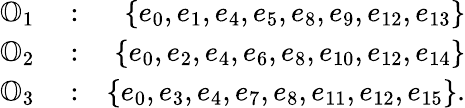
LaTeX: \begin{array}{rlr}{\mathbb{O}_{1}}&{{}:}&{\{ e_{0},e_{1},e_{4},e_{5},e_{8},e_{9},e_{12},e_{13}\} }\\ {\mathbb{O}_{2}}&{{}:}&{\{ e_{0},e_{2},e_{4},e_{6},e_{8},e_{10},e_{12},e_{14}\} }\\ {\mathbb{O}_{3}}&{{}:}&{\{ e_{0},e_{3},e_{4},e_{7},e_{8},e_{11},e_{12},e_{15}\} .}\end{array}